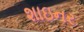
શાઇનર